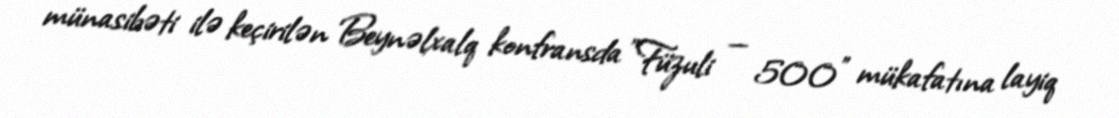
münasibəti ilə keçirilən Beynəlxalq konfransda "Füzuli — 500" mükafatına layiq